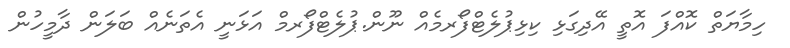
ހިމާޔަތް ކޮއްފަ އޮތީ އޭދިގަޅި ކިޅިޕުލެޓްފޯރމެއް ނޫން.ޕުލެޓްފޯރމް އަޅަނީ އެތަނެއް ބަލަން ދާމީހުން